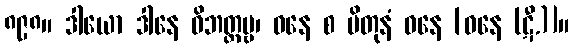
၈၉၈။ ဒါယော ဒါနေ ဝိဘတ္တဗ္ဗ၊ ဓနေ စ ပိတုနံ ဝနေ [ဓနေ (ဋီ.)]။